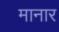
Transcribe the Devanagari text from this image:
मानार